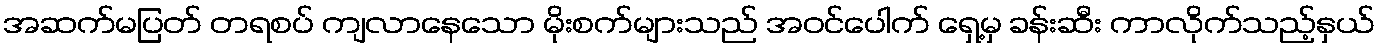
အဆက်မပြတ် တရစပ် ကျလာနေသော မိုးစက်များသည် အဝင်ပေါက် ရှေ့မှ ခန်းဆီး ကာလိုက်သည့်နှယ်